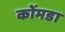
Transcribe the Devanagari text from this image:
कोंमडा